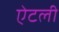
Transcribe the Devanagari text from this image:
ऐटली